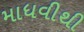
માધવીથી